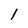
Character: l